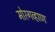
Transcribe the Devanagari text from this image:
मोरगव्हाण